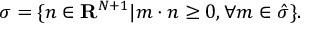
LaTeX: \sigma = \{ n \in { \bf R } ^ { N + 1 } | m \cdot n \geq 0 , \forall m \in \hat { \sigma } \} .